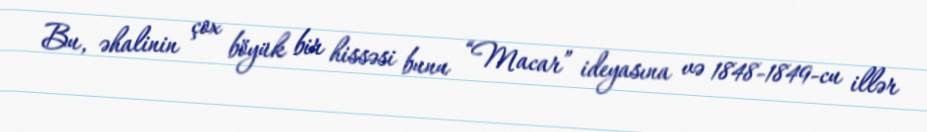
Bu, əhalinin çox böyük bir hissəsi bunu “Macar” ideyasına və 1848-1849-cu illər